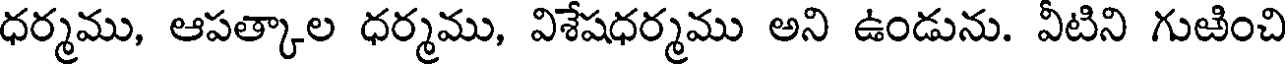
ధర్మము, ఆపత్కాల ధర్మము, విశేషధర్మము అని ఉండును. వీటిని గుఱించి